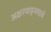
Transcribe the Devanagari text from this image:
अक्षरवाङ्‌मयाचे